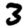
Digit: 3